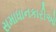
સમાધાનકારીઓ